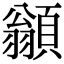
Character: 𩔚